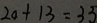
2 0 + 1 3 = 3 3